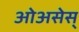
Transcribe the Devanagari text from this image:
ओअसेस्